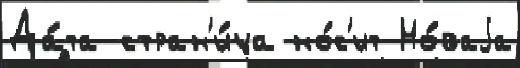
Да́та стран'и́ца но́с'ит Но́ваjа